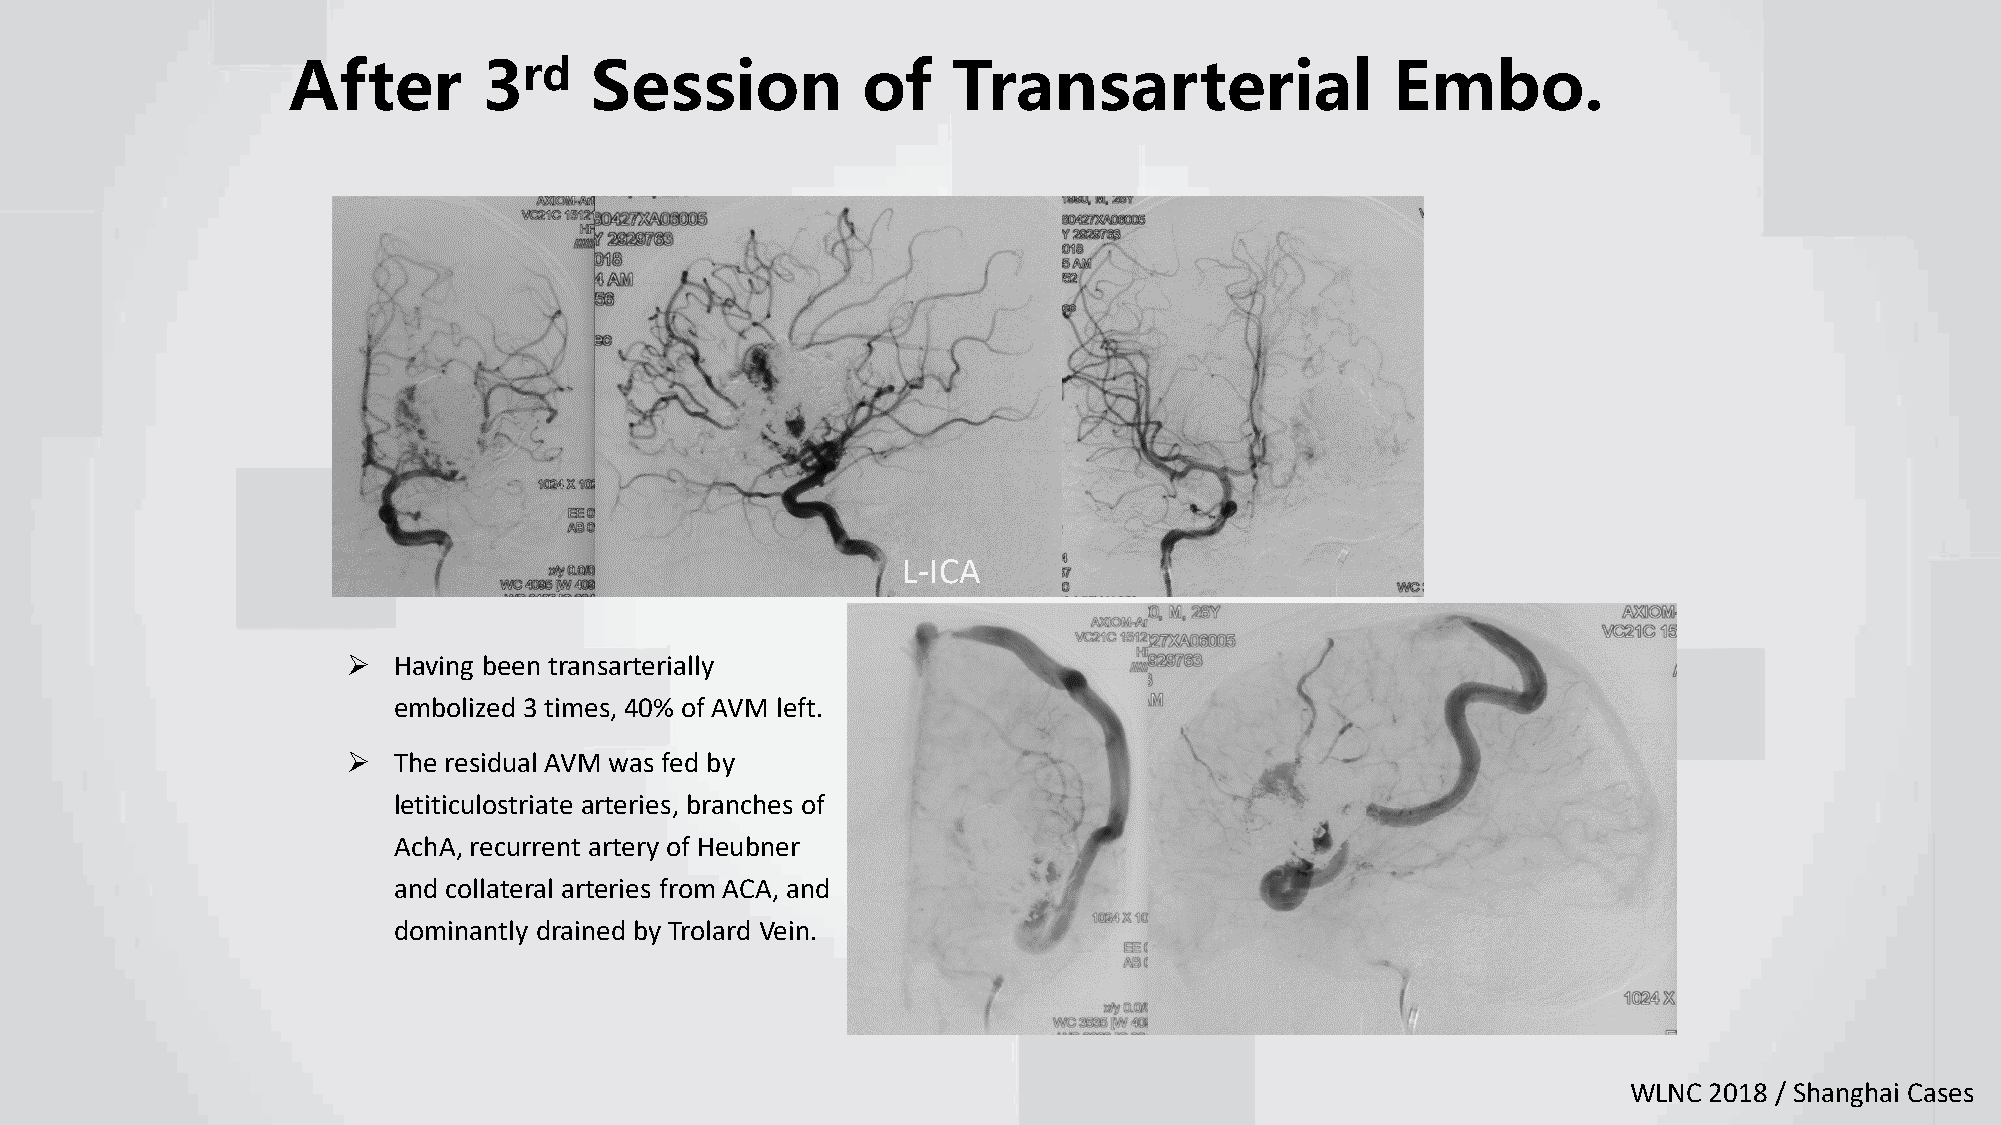
After        3rd    Session           of    Transarterial                Embo.
 L-ICA
   Having been transarterially
 embolized 3 times, 40% of AVM left.
   The residual AVM was fed by
 letiticulostriate arteries, branches of
 AchA, recurrent artery of Heubner
 and collateral arteries from ACA, and
 dominantly drained by Trolard Vein.
 WLNC 2018 / Shanghai Cases